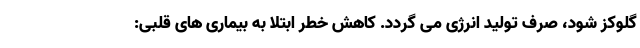
گلوکز شود، صرف تولید انرژی می گردد. کاهش خطر ابتلا به بیماری های قلبی: